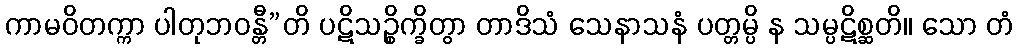
ကာမဝိတက္ကာ ပါတုဘဝန္တီ”တိ ပဋိသဉ္စိက္ခိတွာ တာဒိသံ သေနာသနံ ပတ္တမ္ပိ န သမ္ပဋိစ္ဆတိ။ သော တံ